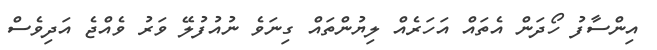
އިންސާފު ހޯދަން އެތައް އަހަރެއް ލިޔުންތައް ގިނަވެ ނުއުފުލޭ ވަރު ވެއްޖެ އަދިވެސް